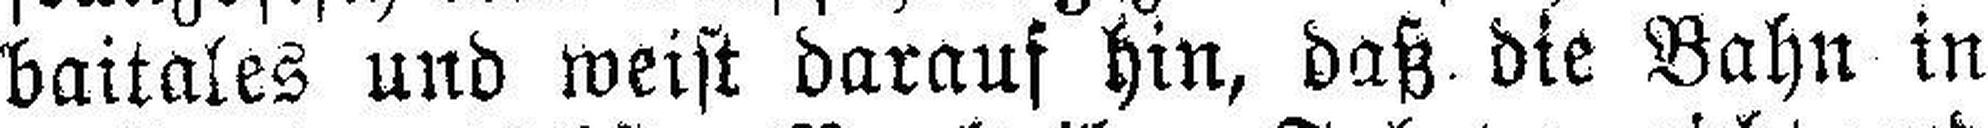
baitales und weist darauf hin, daß die Bahn in